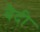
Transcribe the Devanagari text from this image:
बैदी